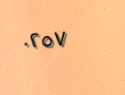
٠٢٥٧